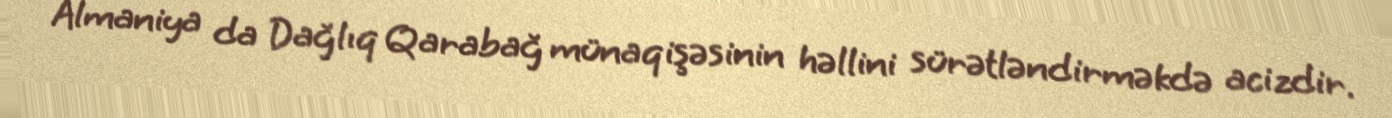
Almaniya da Dağlıq Qarabağ münaqişəsinin həllini sürətləndirməkdə acizdir.